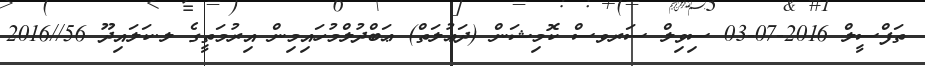
ތަފްސީލް 2016-07-03 ސިވިލް ސަރވސް ކޮމިޝަން (ދަޢުލަތް) ޢަބްދުލްމުހައިމިން އިރުމަތީގެ ލ.ކަލައިދޫ 56//2016